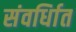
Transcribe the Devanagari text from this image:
संवर्धिात